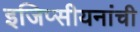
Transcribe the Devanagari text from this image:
इजिप्सीयनांची